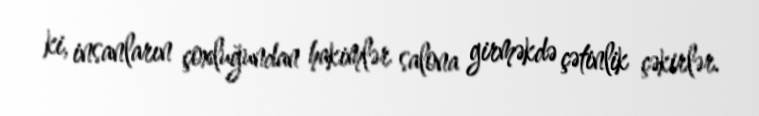
ki, insanların çoxluğundan hakimlər salona girməkdə çətinlik çəkirlər.